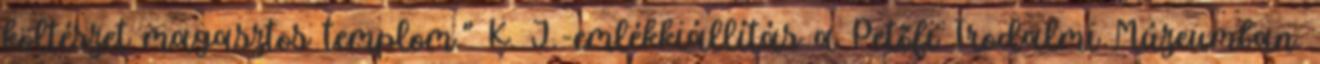
költészet magasztos templom.” K. J.-emlékkiállítás a Petőfi Irodalmi Múzeumban.